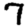
Digit: 7